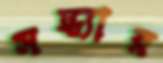
সন্ধ্যার